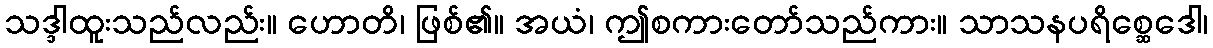
သဒ္ဒါထူးသည်လည်း။ ဟောတိ၊ ဖြစ်၏။ အယံ၊ ဤစကားတော်သည်ကား။ သာသနပရိစ္ဆေဒေါ၊